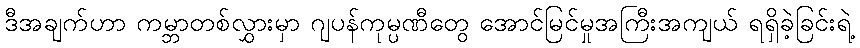
ဒီအချက်ဟာ ကမ္ဘာတစ်လွှားမှာ ဂျပန်ကုမ္ပဏီတွေ အောင်မြင်မှုအကြီးအကျယ် ရရှိခဲ့ခြင်းရဲ့